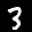
Label: 3